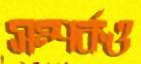
সম্পর্কও